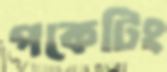
পকেটিং